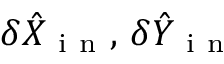
\delta \hat { X } _ { \mathrm { ~ i ~ n ~ } } , \, \delta \hat { Y } _ { \mathrm { ~ i ~ n ~ } }